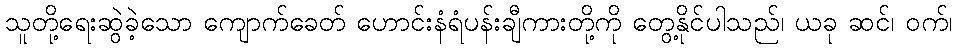
သူတို့ရေးဆွဲခဲ့သော ကျောက်ခေတ် ဟောင်းနံရံပန်းချီကားတို့ကို တွေ့နိုင်ပါသည်၊ ယခု ဆင်၊ ဝက်၊